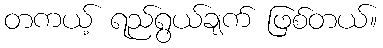
တကယ့် ရည်ရွယ်ချက် ဖြစ်တယ်။